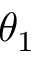
\theta _ { 1 }